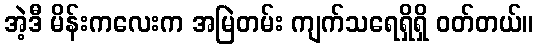
အဲ့ဒီ မိန်းကလေးက အမြဲတမ်း ကျက်သရေရှိရှိ ဝတ်တယ်။